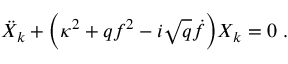
\ddot { X } _ { k } + { \left( \kappa ^ { 2 } + q f ^ { 2 } - i \sqrt { q } \dot { f } \right) } X _ { k } = 0 \ .